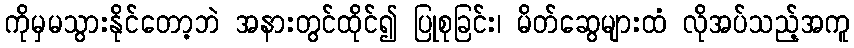
ကိုမှမသွားနိုင်တော့ဘဲ အနားတွင်ထိုင်၍ ပြုစုခြင်း၊ မိတ်ဆွေများထံ လိုအပ်သည့်အကူ